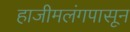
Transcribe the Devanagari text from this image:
हाजीमलंगपासून